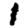
Digit: 1